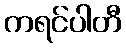
ကရင်ပါတီ